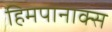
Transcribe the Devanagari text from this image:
हिमपानाक्स